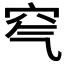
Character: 𥤶